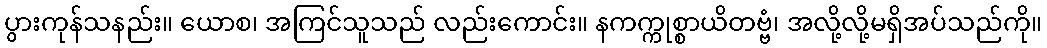
ပွားကုန်သနည်း။ ယောစ၊ အကြင်သူသည် လည်းကောင်း။ နကက္ကုစ္စာယိတဗ္ဗံ၊ အလို့လို့မရှိအပ်သည်ကို။